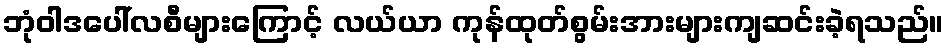
ဘုံဝါဒပေါ်လစီများကြောင့် လယ်ယာ ကုန်ထုတ်စွမ်းအားများကျဆင်းခဲ့ရသည်။